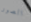
الصور